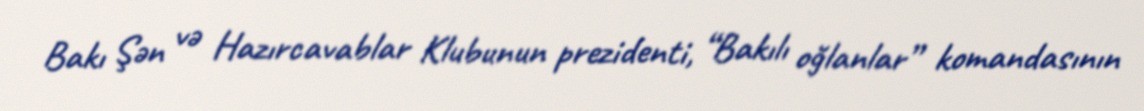
Bakı Şən və Hazırcavablar Klubunun prezidenti, “Bakılı oğlanlar” komandasının